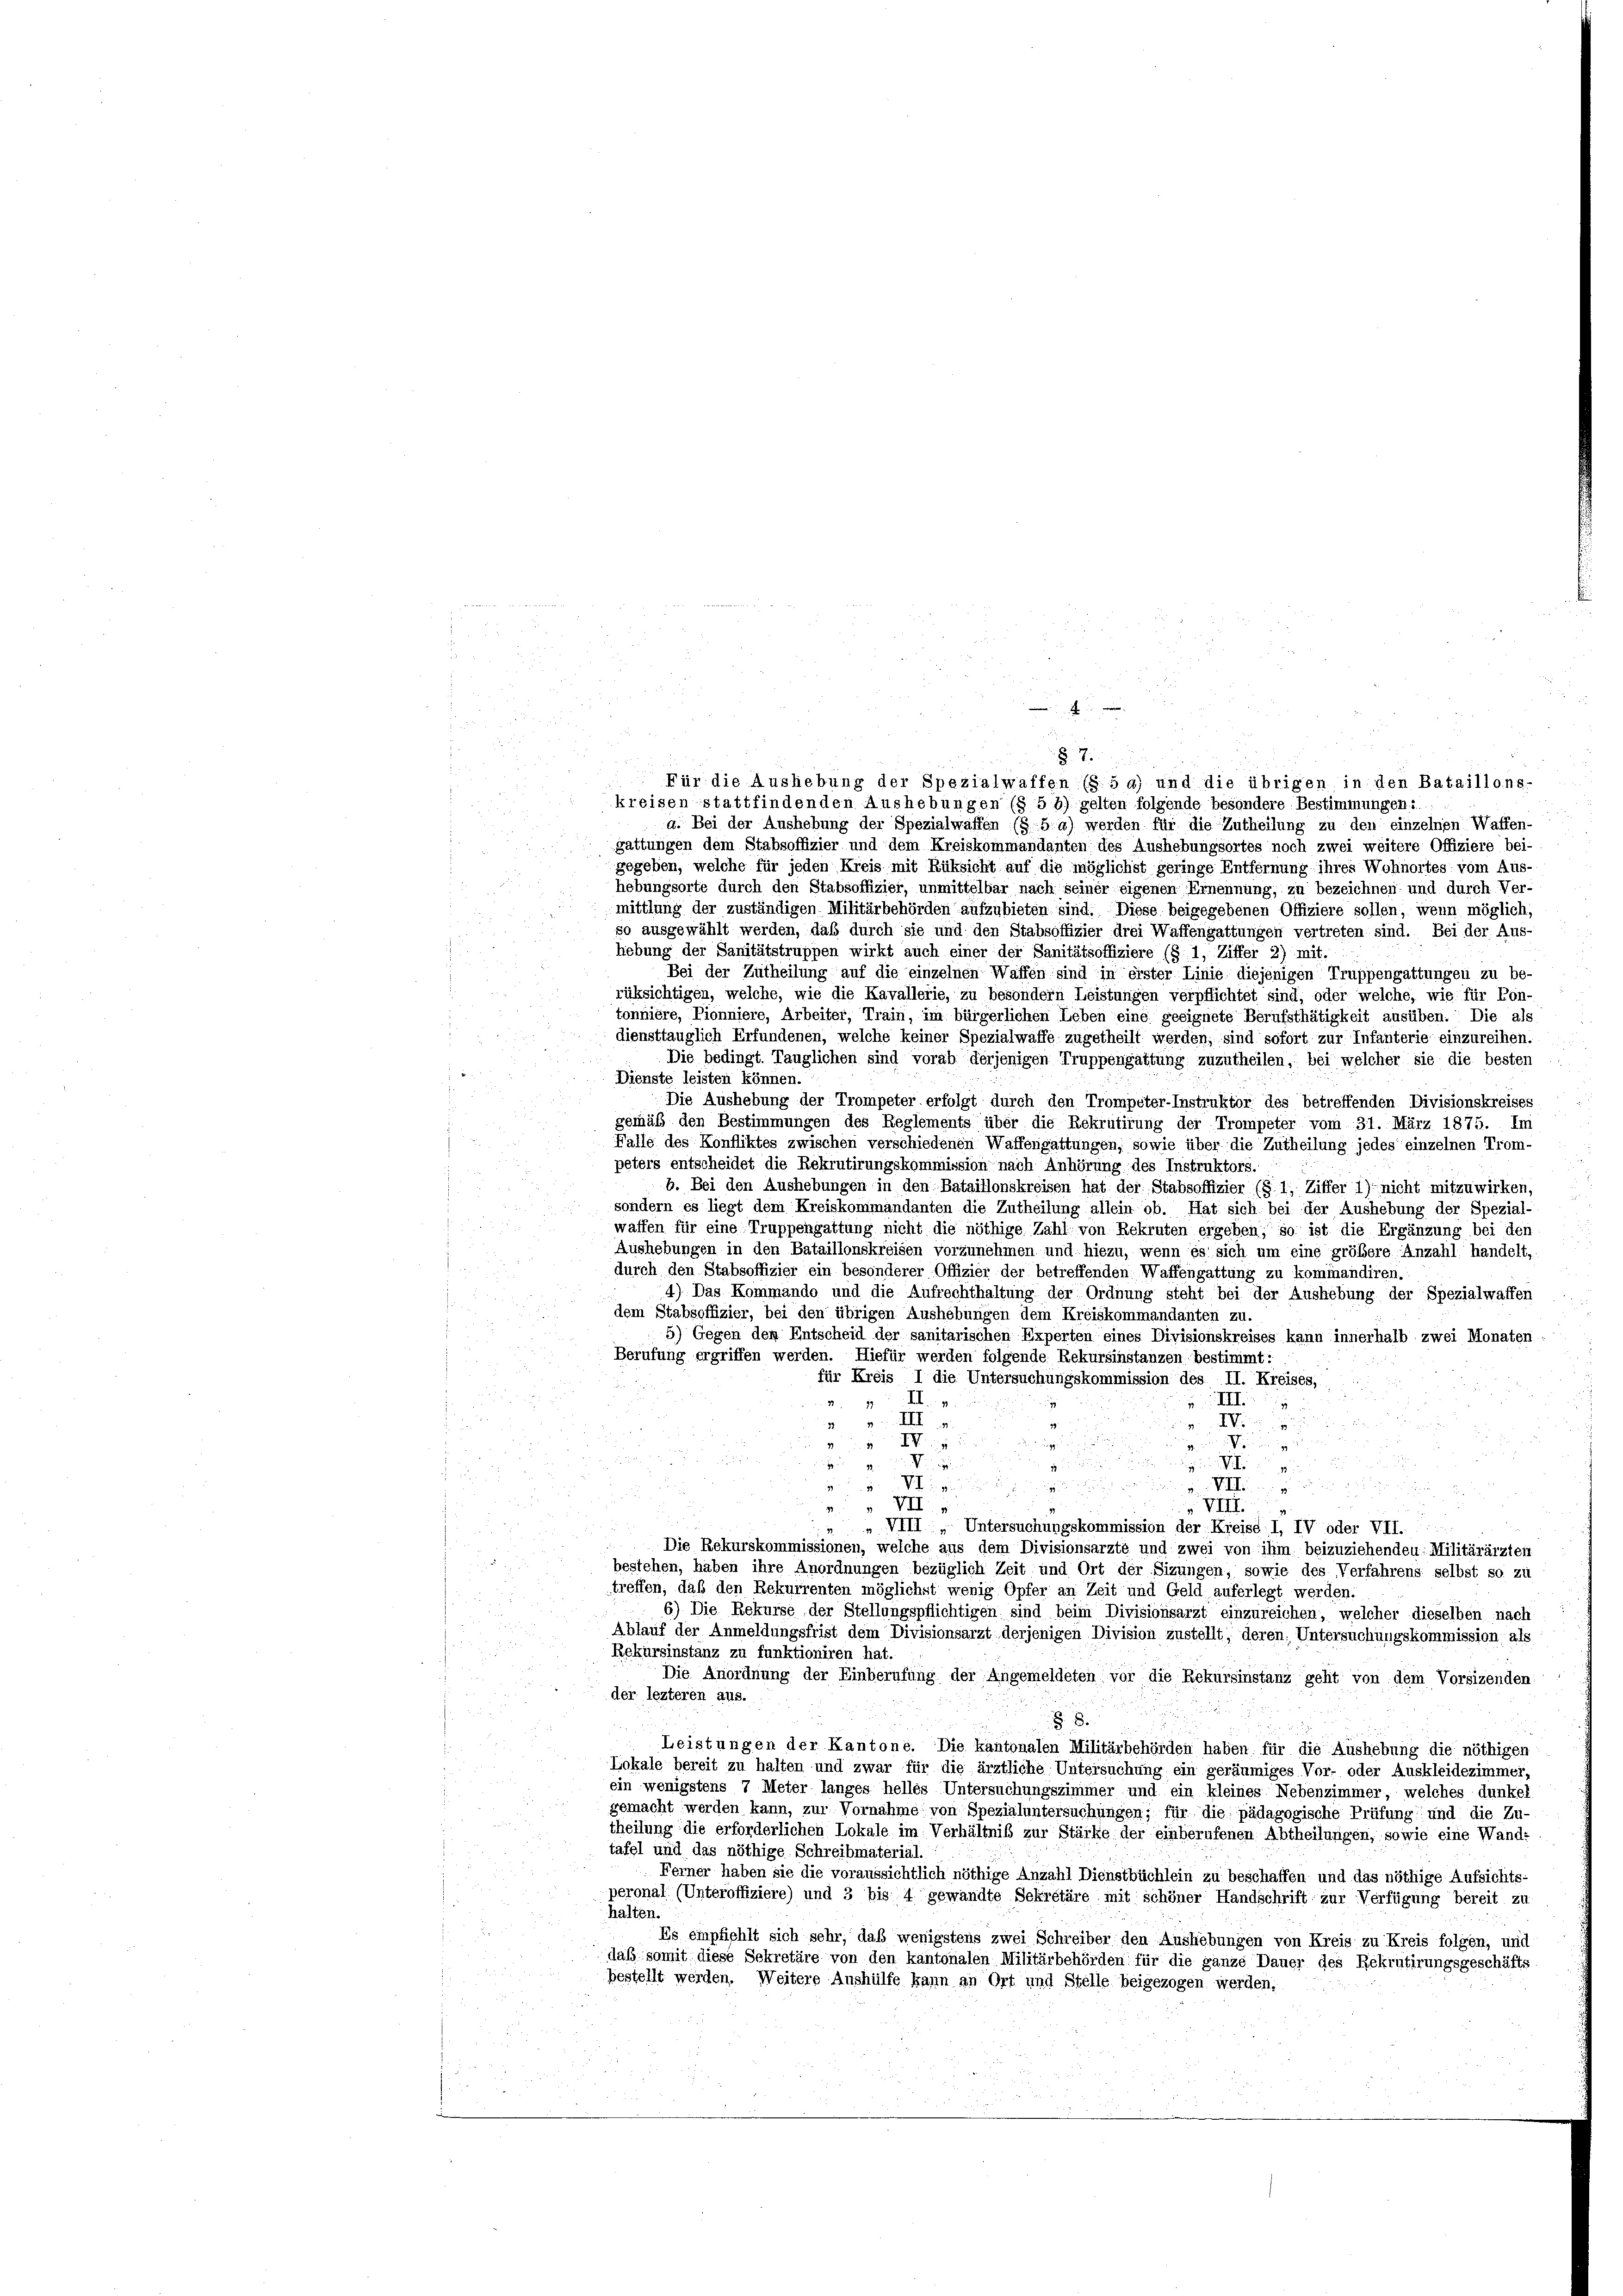
kreisen stattfindenden Aushebungen (§ 5 b) gelten folgende besondere Bestimmungen:
a. Bei der Aushebung der Spezialwaffen (§ 5a) werden für die Zutheilung zu den einzelnen Waffen-
gattungen dem Stabsoffizier und dem Kreiskommandanten des Aushebungsortes noch zwei weitere Offiziere bei-
gegeben, welche für jeden Kreis mit Rüksicht auf die möglichst geringe Entfernung ihres Wohnortes vom Aus-
x
hebungsorte durch den Stabsoffizier, unmittelbar nach seiner eigenen Ernennung, zu bezeichnen und durch Ver-
mittlung der zuständigen Militärbehörden aufzubieten sind. Diese beigegebenen Offiziere sollen, wenn möglich,
so ausgewählt werden, daß durch sie und den Stabsoffizier drei Waffengattungen vertreten sind. Bei der Aus-
lebung der Sanitätstruppen wirkt auch einer der Sanitätsoffiziere (§ 1, Ziffer 2) mit.
Bei der Zutheilung auf die einzelnen Waffen sind in erster Linie diejenigen Truppengattungen zu be-
rüksichtigen, welche, wie die Kavallerie, zu besondern Leistungen verpflichtet sind, oder welche, wie für Kon-
tonnière, Pionniere, Arbeiter, Train, im bürgerlichen Leben eine geeignete Berufsthätigkeit ausüben. Die als
diensttauglich Erfundenen, welche keiner Spezialwaffe zugetheilt werden, sind sofort zur Infanterie einzureihen.
Die bedingt. Tauglichen sind vorab derjenigen Truppengattung zuzutheilen, bei welcher sie die besten
Dienste leisten können.
Die Aushebung der Trompeter erfolgt durch den Trompeter-Instruktor des betreffenden Divisionskreises
gemäß den Bestimmungen des Reglements über die Rekrutirung der Trompeter vom 31. März 1875. Im
Fälle des Konfliktes zwischen verschiedenen Waffengattungen, sowie über die Zutheilung jedes einzelnen Trom-
peters entscheidet die Rekrutirungskommission nach Anhörung des Instruktors.
b. Bei den Aushebungen in den Bataillonskreisen hat der Stabsoffizier (§ 1, Ziffer 1) nicht mitzuwirken,
sondern es liegt dem Kreiskommandanten die Zutheilung allein ob. Hat sich bei der Aushebung der Spezial-
waffen für eine Truppengattung nicht die nöthige Zahl von Rekruten ergeben, so ist die Ergänzung bei den
Aushebungen in den Bataillonskreisen vorzunehmen und hiezu, wenn es sich um eine größere Anzahl handelt,
durch den Stabsoffizier ein besonderer Offizier der betreffenden Waffengattung zu kommandiren.
4) Das Kommando und die Aufrechthaltung der Ordnung steht bei der Aushebung der Spezialwaffen
dem Stabsoffizier, bei den übrigen Aushebungen dem Kreiskommandanten zu.
5) Gegen den Entscheid der sanitarischen Experten eines Divisionskreises kann innerhalb zwei Monaten
Berufung ergriffen werden. Hiefür werden folgende Rekursinstanzen bestimmt:
für Kreis I die Untersuchungskommission des II. Kreises,
II.
I
I
N.
XIV.
g
2
Mir in sie die

8
Venz ein ein
v Neuenden einigun
 VII.
M
VIII, Untersuchungskommission der Kreise, I, IV oder VII.
Die Rekurskommissionen, welche aus dem Divisionsarzte und zwei von ihm beizuziehenden: Militärärzten
bestehen, haben ihre Anordnungen bezüglich Zeit und Ort der Sizungen, sowie des Verfahrens selbst so zu
treffen, daß den Rekurrenten möglichst wenig Opfer an Zeit und Geld auferlegt werden
6) Die Rekurse der Stellungspflichtigen sind beim Divisionsarzt einzureichen, welcher dieselben nach
Ablauf der Anmeldungsfrist dem Divisionsarzt derjenigen Division zustellt, deren, Untersuchungskommission als
Rekursinstanz zu funktioniren hat.
Die Anordnung der Einberufung der Angemeldeten vor die Rekursinstanz geht von dem Vorsizenden
der lezteren aus.
8
Leistungen der Kantone. Die Kantonalen Militärbehörden haben für die Aushebung die nöthigen
Lokale bereit zu halten und zwar für die ärztliche Untersuchung ein geräumiges Vor- oder Auskleidezimmer,
ein wenigstens 7 Meter langes helles Untersuchungszimmer und ein kleines Nebenzimmer, welches dunkel
gemacht werden kann, zur Vornahme von Spezialuntersuchungen; für die pädagogische Prüfung und die Zu-
theilung die erforderlichen Lokale im Verhältniß zur Stärke der einberufenen Abtheilungen, sowie eine Wande
tafel und das nöthige Schreibmaterial.
Ferner haben sie die voraussichtlich nöthige Anzahl Dienstbüchlein zu beschaffen und das nöthige Aufsichts-
peronal (Unteroffiziere) und 3 bis 4 gewandte Sekretäre mit schöner Handschrift zur Verfügung bereit zu
halten.
Es empfiehlt sich sehr, daß wenigstens zwei Schreiber den Aushebungen von Kreis zu Kreis folgen, und
daß somit diese Sekretäre von den kantonalen Militärbehörden für die ganze Dauer des Rekrutirungsgeschäfts-
bestellt werden. Weitere Aushülfe kann an Ort und Stelle beigezogen werden,

§. 7.
Für die Aushebung der Spezialwaffen (§ 5a) und die übrigen in den Bataillons-